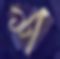
শ